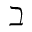
\beth